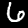
Label: 6